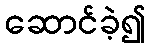
ဆောင်ခဲ့၍